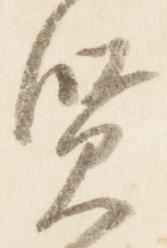
賢